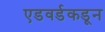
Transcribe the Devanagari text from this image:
एडवर्डकडून